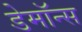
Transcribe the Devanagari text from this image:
डेमॉन्स